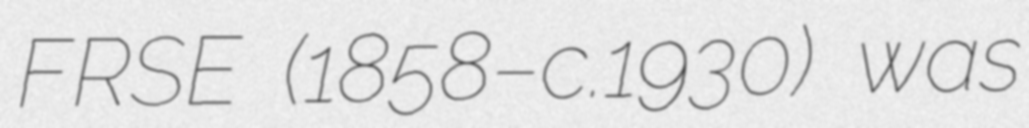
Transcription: FRSE (1858–c.1930) was